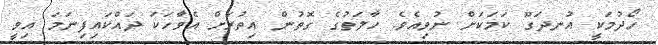
ހޯދުމަކީ އުނދަގޫ ކަމަކަށް ނުވިއެވެ. ހާލަތުގެ ގޮތުން އިތުރަށް އެވާހަކަ ދައްކައިފިނަމަ އިވީ